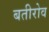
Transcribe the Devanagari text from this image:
बतीरोव